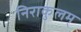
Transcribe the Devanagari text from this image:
निराकुलम्